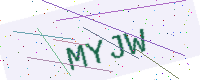
Text: MYJW